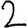
Digit: 2